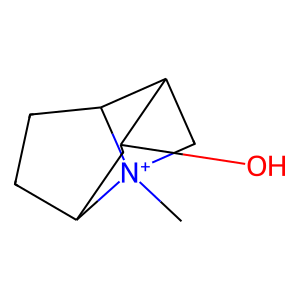
SMILES: C[N+]12CC3C(O)CC1CCC32
Inhibits HIV replication: No